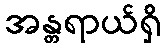
အန္တရာယ်ရှိ